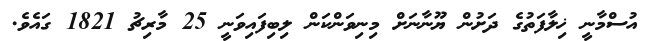
އުސްމާނީ ޚިލާފަތުގެ ދަށުން ޔޫނާނަށް މިނިވަންކަން ލިބިފައިވަނީ 25 މާރިޗު 1821 ގައެވެ.